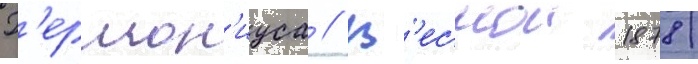
Г'ермон'иуса // В'еснои 1878/